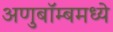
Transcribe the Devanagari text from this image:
अणुबॉम्बमध्ये